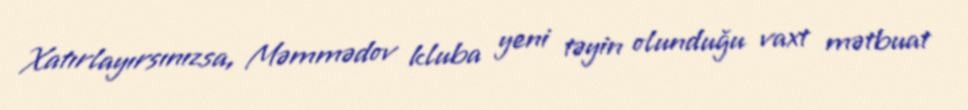
Xatırlayırsınızsa, Məmmədov kluba yeni təyin olunduğu vaxt mətbuat